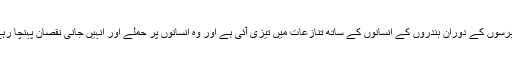
حالیہ برسوں کے دوران بندروں کے انسانوں کے ساتھ تنازعات میں تیزی آئی ہے اور وہ انسانوں پر حملے اور انہیں جانی نقصان پہنچا رہے ہیں۔